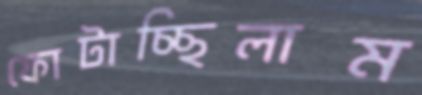
ফোটাচ্ছিলাম